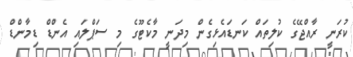
ކުރަނީ ރާއްޖޭގެ ކުލިތައް ކަނޑައެޅިގެން މިދަނީ މާކެޓޫގެ މި ސަޕްލައި އެންޑް ޑިމާންޑް